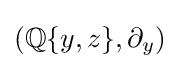
{\textstyle (\mathbb {Q} \{y,z\},\partial _{y})}